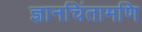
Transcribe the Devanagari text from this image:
ज्ञानचिंतामणि